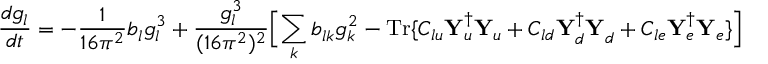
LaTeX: { \frac { d g _ { l } ^ { } } { d t } } = - { \frac { 1 } { 1 6 \pi ^ { 2 } } } b _ { l } ^ { } g _ { l } ^ { 3 } + { \frac { g _ { l } ^ { 3 } } { ( 1 6 \pi ^ { 2 } ) ^ { 2 } } } \Bigl [ \sum _ { k } b _ { l k } ^ { } g _ { k } ^ { 2 } - \mathrm { T r } \{ C _ { l u } { \bf Y } _ { u } ^ { \dagger } { \bf Y } _ { u } ^ { } + C _ { l d } { \bf Y } _ { d } ^ { \dagger } { \bf Y } _ { d } ^ { } + C _ { l e } { \bf Y } _ { e } ^ { \dagger } { \bf Y } _ { e } ^ { } \} \Bigr ]